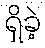
ရှိခဲ့